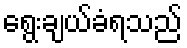
ရွေးချယ်ခံရသည်